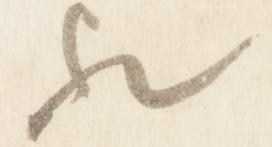
歟